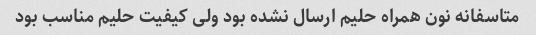
متاسفانه نون همراه حلیم ارسال نشده بود ولی کیفیت حلیم مناسب بود